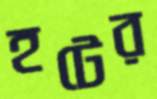
হটের